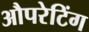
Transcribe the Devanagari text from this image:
औपरेटिंग